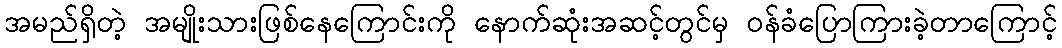
အမည်ရှိတဲ့ အမျိုးသားဖြစ်နေကြောင်းကို နောက်ဆုံးအဆင့်တွင်မှ ဝန်ခံပြောကြားခဲ့တာကြောင့်